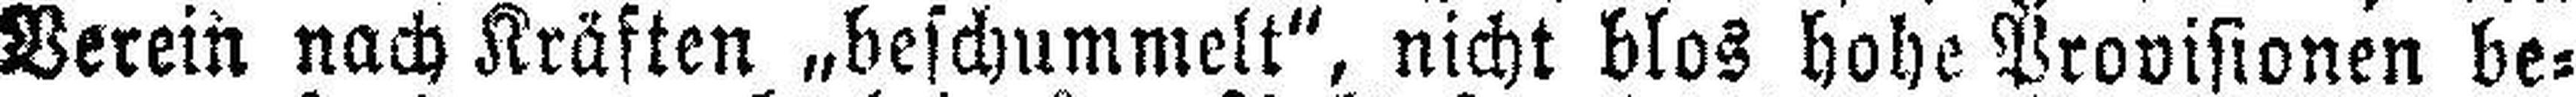
Verein nach Kräften „beschummelt“, nicht blos hohe Provisionen be¬